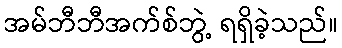
အမ်ဘီဘီအက်စ်ဘွဲ့ ရရှိခဲ့သည်။